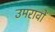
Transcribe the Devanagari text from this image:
उमरावों